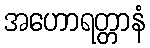
အဟောရတ္တာနံ